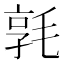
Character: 𣮢